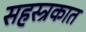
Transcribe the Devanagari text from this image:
सहस्त्रकात